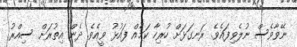
ނޭވާވެސް ނުލެވިފައެވެ. ރަނގަޅަށް ހުރިހާ ކަމެއް ފައުޅު ވީއެވެ. ދެން އިތުރަށް ސިއްރު